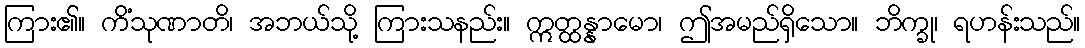
ကြား၏။ ကိံသုဏာတိ၊ အဘယ်သို့ ကြားသနည်း။ ဣတ္ထန္နာမော၊ ဤအမည်ရှိသော။ ဘိက္ခု၊ ရဟန်းသည်။